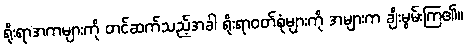
ရိုးရာအကများကို တင်ဆက်သည့်အခါ ရိုးရာဝတ်စုံများကို အများက ချီးမွမ်းကြ၏။